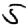
Digit: 5